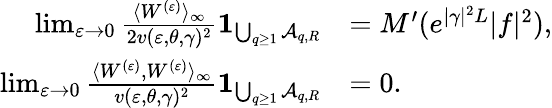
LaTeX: \begin{array}{rl}{\operatorname*{lim}_{\varepsilon\to 0}\frac{\langle W^{(\varepsilon)}\rangle_{\infty}}{2v(\varepsilon,\theta,\gamma)^{2}}\mathbf{1}_{\bigcup_{q\ge 1}\mathcal A_{q,R}}}&{=M^{\prime}(e^{|\gamma|^{2}L}|f|^{2}),}\\ {\operatorname*{lim}_{\varepsilon\to 0}\frac{\langle W^{(\varepsilon)},W^{(\varepsilon)}\rangle_{\infty}}{v(\varepsilon,\theta,\gamma)^{2}}\mathbf{1}_{\bigcup_{q\ge 1}\mathcal A_{q,R}}}&{=0.}\end{array}